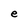
Character: e